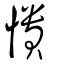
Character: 憒